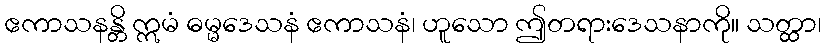
ဧကာသနန္တိ ဣမံ ဓမ္မဒေသနံ ဧကာသနံ၊ ဟူသော ဤတရားဒေသနာကို။ သတ္ထာ၊